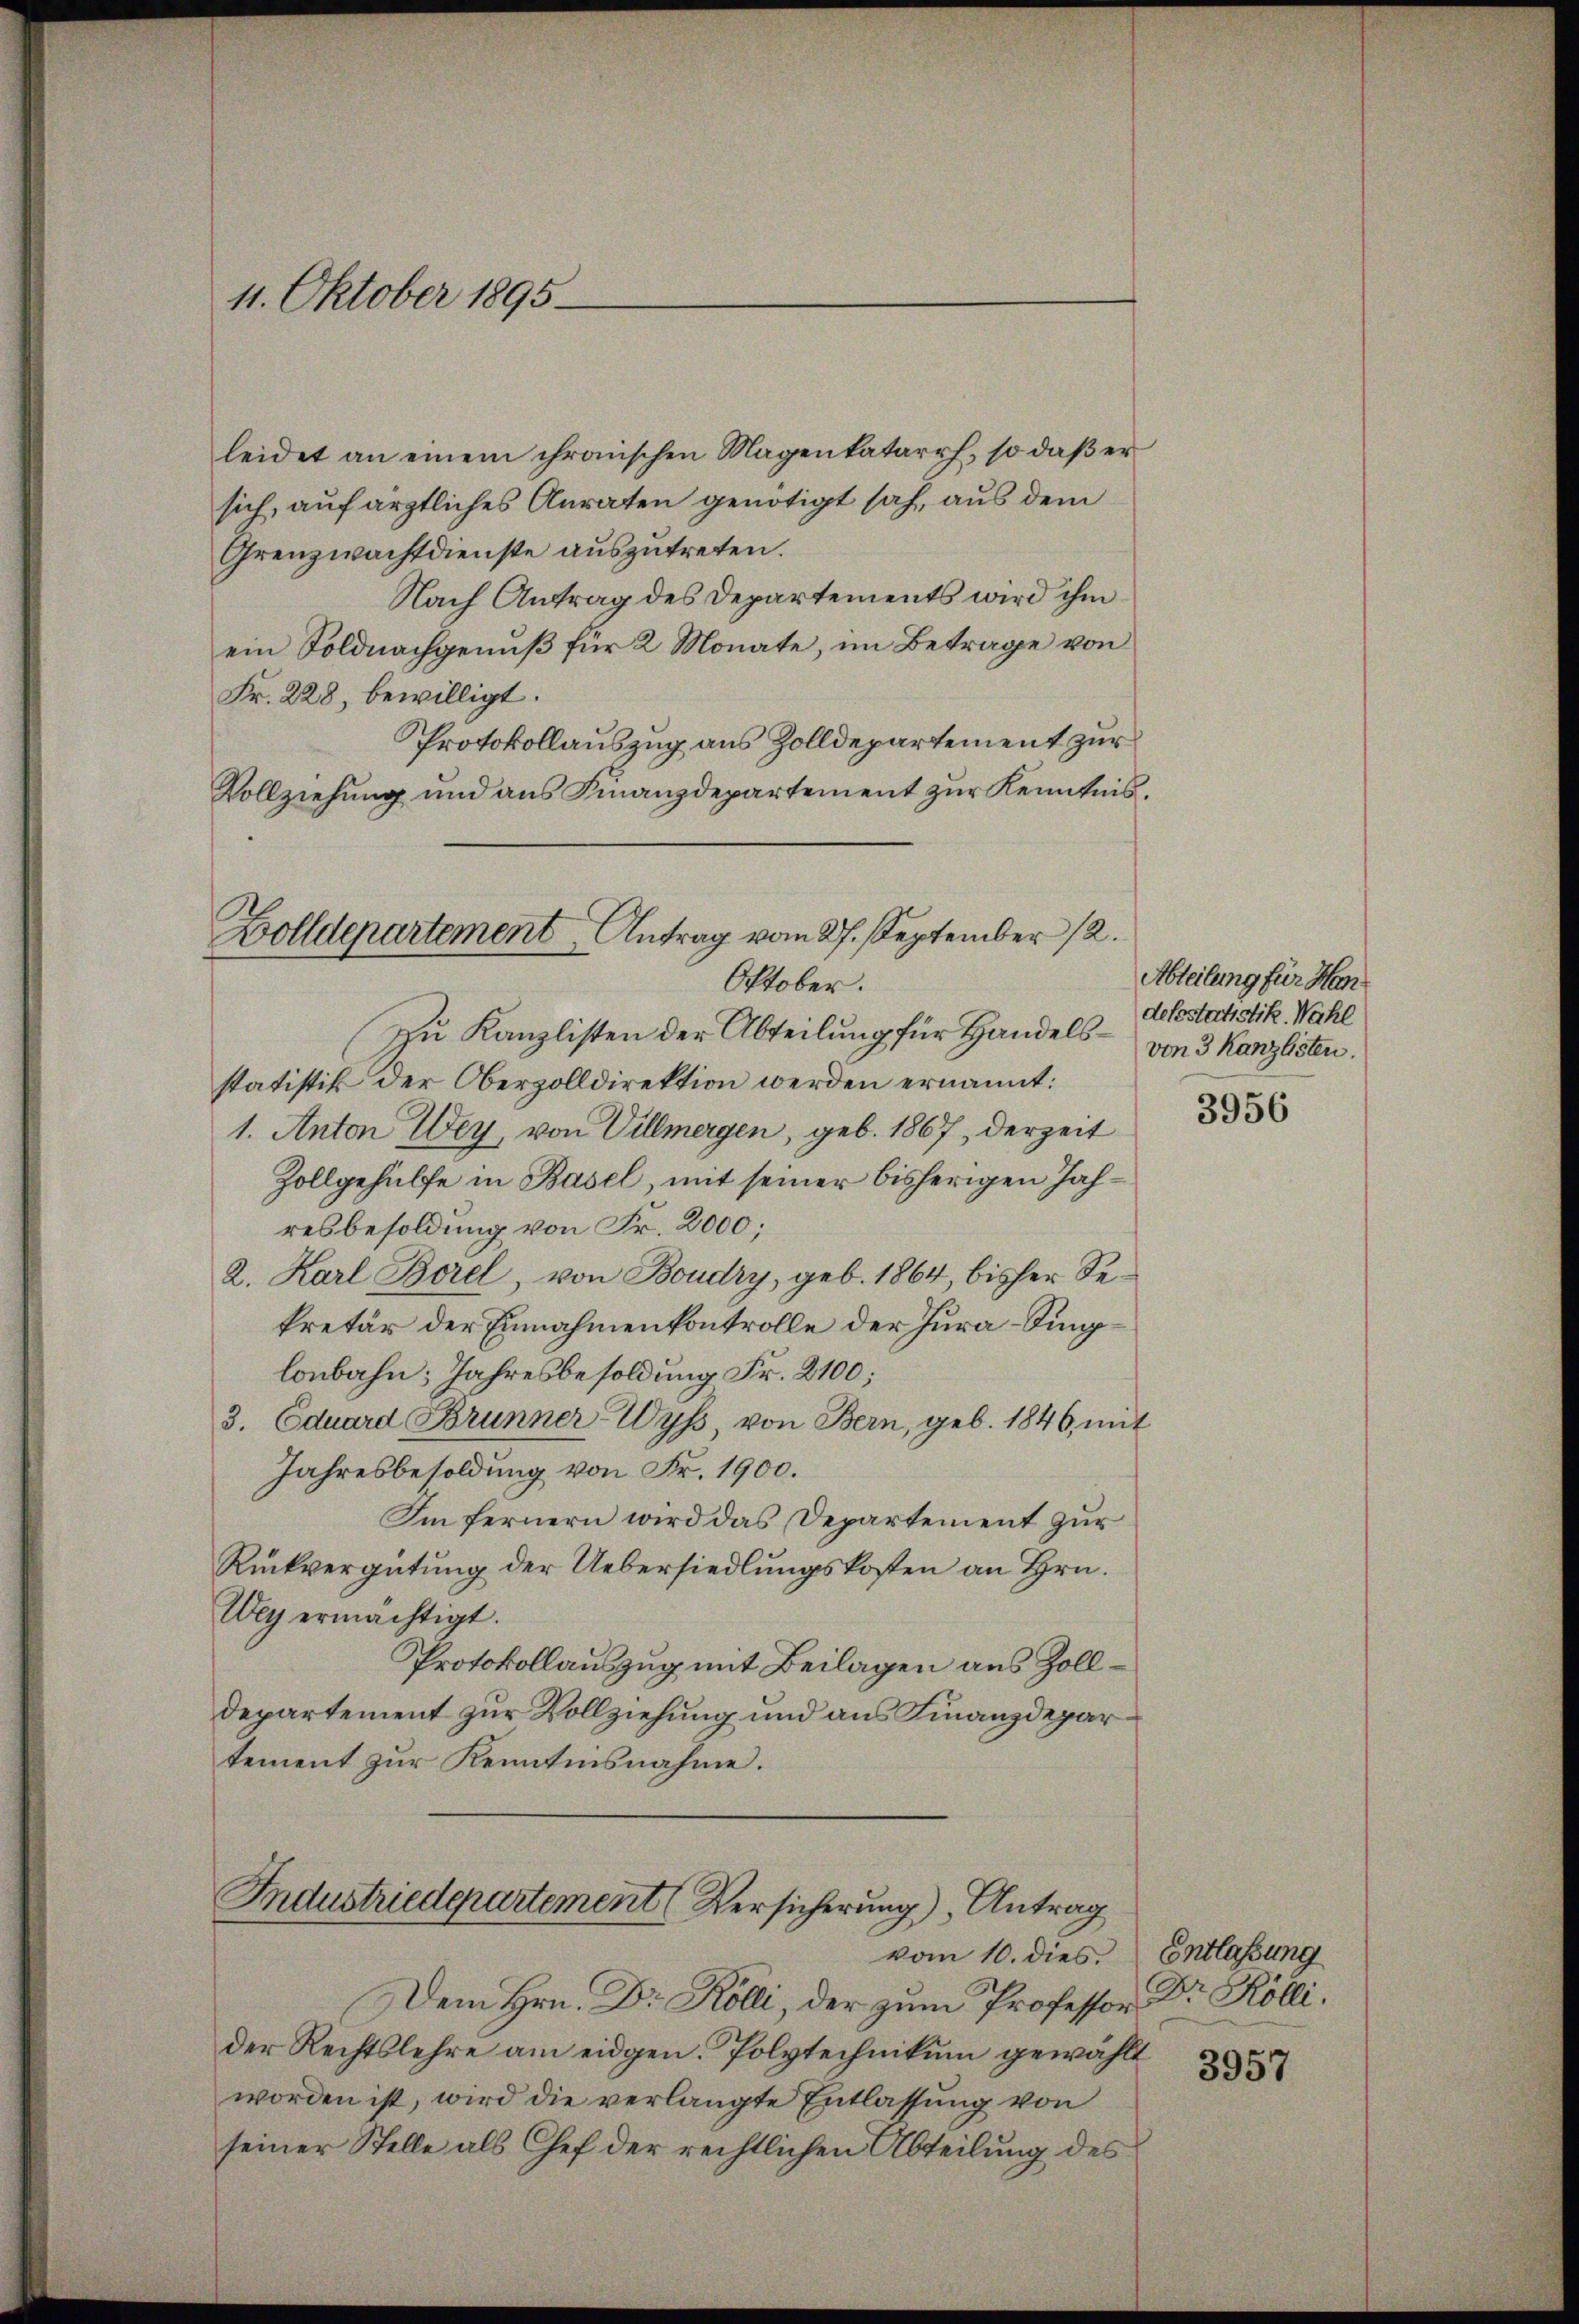
11. Oktober 1895

leidet an einem chronischen Magenkatarrh, so daß er
sich, auf ärztliches Anraten genötigt sah, aus dem
Grenzwachtdienste auszutreten.
Nach Antrag des Departements wird ihm
ein Soldnachgenuß für 2 Monate, im Betrage von
Fr. 228, bewilligt.
Protokollauszug aus Zolldepartement zur
Vollziehung und ans Finanzdepartement zŭr Kenntnis.
Zolldepartement Antrag vom 27. September 12.

Oktober.

Zu Kanzlisten der Abteilung für Handelsstatistik der Oberzolldirektion werden ernannt:
1. Anton Wey, von Villmergen, geb. 1867, derzeit
Zollgehülfe in Basel, mit seiner bisherigen Jahresbesoldung von Fr. 2000;
2. Karl Borel, von Boudry, geb. 1864, bisher Sekretär der Einnahmenkontrolle der Jura-Singlonbahn: Jahresbesoldung Fr. 2100;
3. Eduard Brunner Wyss von Bern, geb. 1846, mit
Jahresbesoldung von Fr. 1900.
Im fernern wird das Departement zur
Rückvergütung der Uebersiedlungskosten an Hrn.
Wey ermächtigt.
Protokollauszug mit Beilagen aus Zoll¬
Departement zur Vollziehung und aus Finanzdepar
tement zur Kenntnisnahme.
Industriedepartement (Versicherung), Antrag
vom 10. dies. Entlassung
Dem Hrn. Dr. Kölli, der zum Professor
der Rechtslehre am eidgen. Polytechnikum gewählt
worden ist, wird die verlangte Entlassung von
seiner Stelle als Chef der rechtlichen Abteilung des

Abteilung für Han
defestatistik. Wahl
von 3 Kanzlisten.

3956

Dr. Kölli.
3957